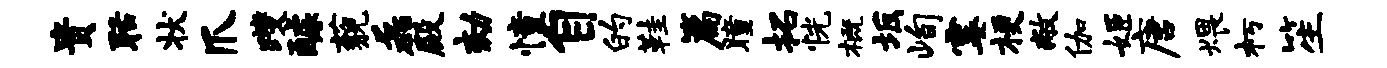
贵聒状爪躞醵藐磊殿劾憧自的鞋篇瞳拓恍概坂峋霎梗敝伽姬唐煨朽笙